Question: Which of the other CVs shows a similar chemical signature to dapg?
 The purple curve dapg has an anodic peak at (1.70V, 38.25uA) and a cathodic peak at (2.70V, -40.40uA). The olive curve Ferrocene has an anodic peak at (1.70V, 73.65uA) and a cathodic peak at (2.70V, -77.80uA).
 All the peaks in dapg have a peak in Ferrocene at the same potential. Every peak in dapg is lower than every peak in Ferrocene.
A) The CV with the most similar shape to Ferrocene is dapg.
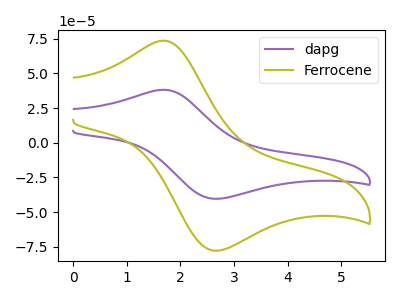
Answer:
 <answer>A) The CV with the most similar shape to "Ferrocene" is "dapg".</answer>
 <eval>A</eval>